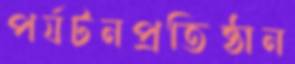
পর্যটনপ্রতিষ্ঠান